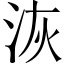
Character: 洃